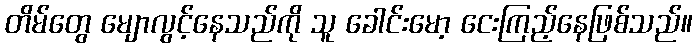
တိမ်တွေ မျောလွင့်နေသည်ကို သူ ခေါင်းမော့ ငေးကြည့်နေဖြစ်သည်။